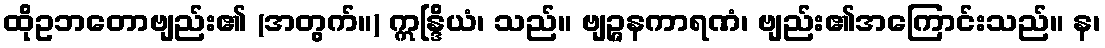
ထိုဥဘတောဗျည်း၏ (အတွက်။) ဣန္ဒြိယံ၊ သည်။ ဗျဉ္ဇနကာရဏံ၊ ဗျည်း၏အကြောင်းသည်။ န၊